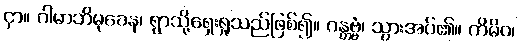
ငှာ။ ဂါမာဘိမုခေန၊ ရွာသို့ရှေးရှုသည်ဖြစ်၍။ ဂန္တဗ္ဗံ၊ သွားအပ်၏။ ကိမိဝ၊